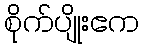
စိုက်ပျိုးဧက